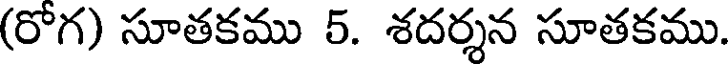
(రోగ) సూతకము 5. శదర్శన సూతకము.